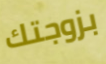
بزوجتك